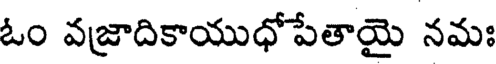
ఓం వజ్రాదికాయుధోపేతాయై నమః